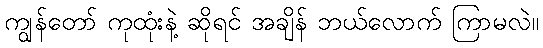
ကျွန်တော် ကုထုံးနဲ့ ဆိုရင် အချိန် ဘယ်လောက် ကြာမလဲ။